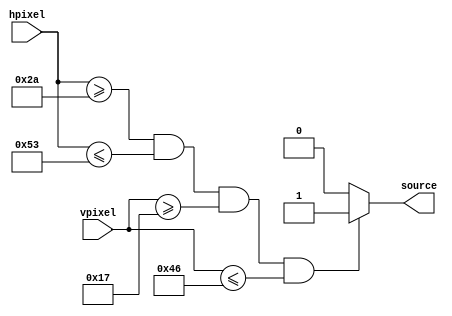
/*
Designer:		Lazaros Athanasiadis
Designed in:	Fall Semester 2019-20
Designed for:	Digital Systems Lab, 3rd lab assignment (VGA driver)
Description:	Since I'm displaying an object stored in the video ram
				at the center of the screen, I need to know if the current address,
				which is derived by concatenating vpixel and hpixel, is within the bounds
				of the box in which I'll display the object
			(0,0)
				+---A-------B---+
				|   +-------+   |
				|   |       |   |
				|   |   X   |   |
				|   |       |   |
				|   +-------+   |
				+---D-------C---+
				The outer box is the displayed image, which is 128x96, while the inner box ABCD
				is the object I'll display (42x48).
				X is the center of both squares, and its coordinates are (63,47)
				Knowing X, the coordinates of A,B,C,D, in order for the smaller square to be in the center
				of the screen are:
				A = 42,23
				B = 84,23
				C = 84,71
				D = 42,71
*/
module image_source(hpixel, vpixel, source);

	input [6:0] hpixel, vpixel;
	output source; //will be used as a control signal for a multiplexer
	reg source;

	always @(hpixel, vpixel) begin
		if (hpixel >= 42 && hpixel <= 83 && vpixel >= 23 && vpixel <= 70)
			source = 1; //image source is video ram
		else
			source = 0; //image source is a static color
	end

endmodule